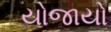
યોજાયો